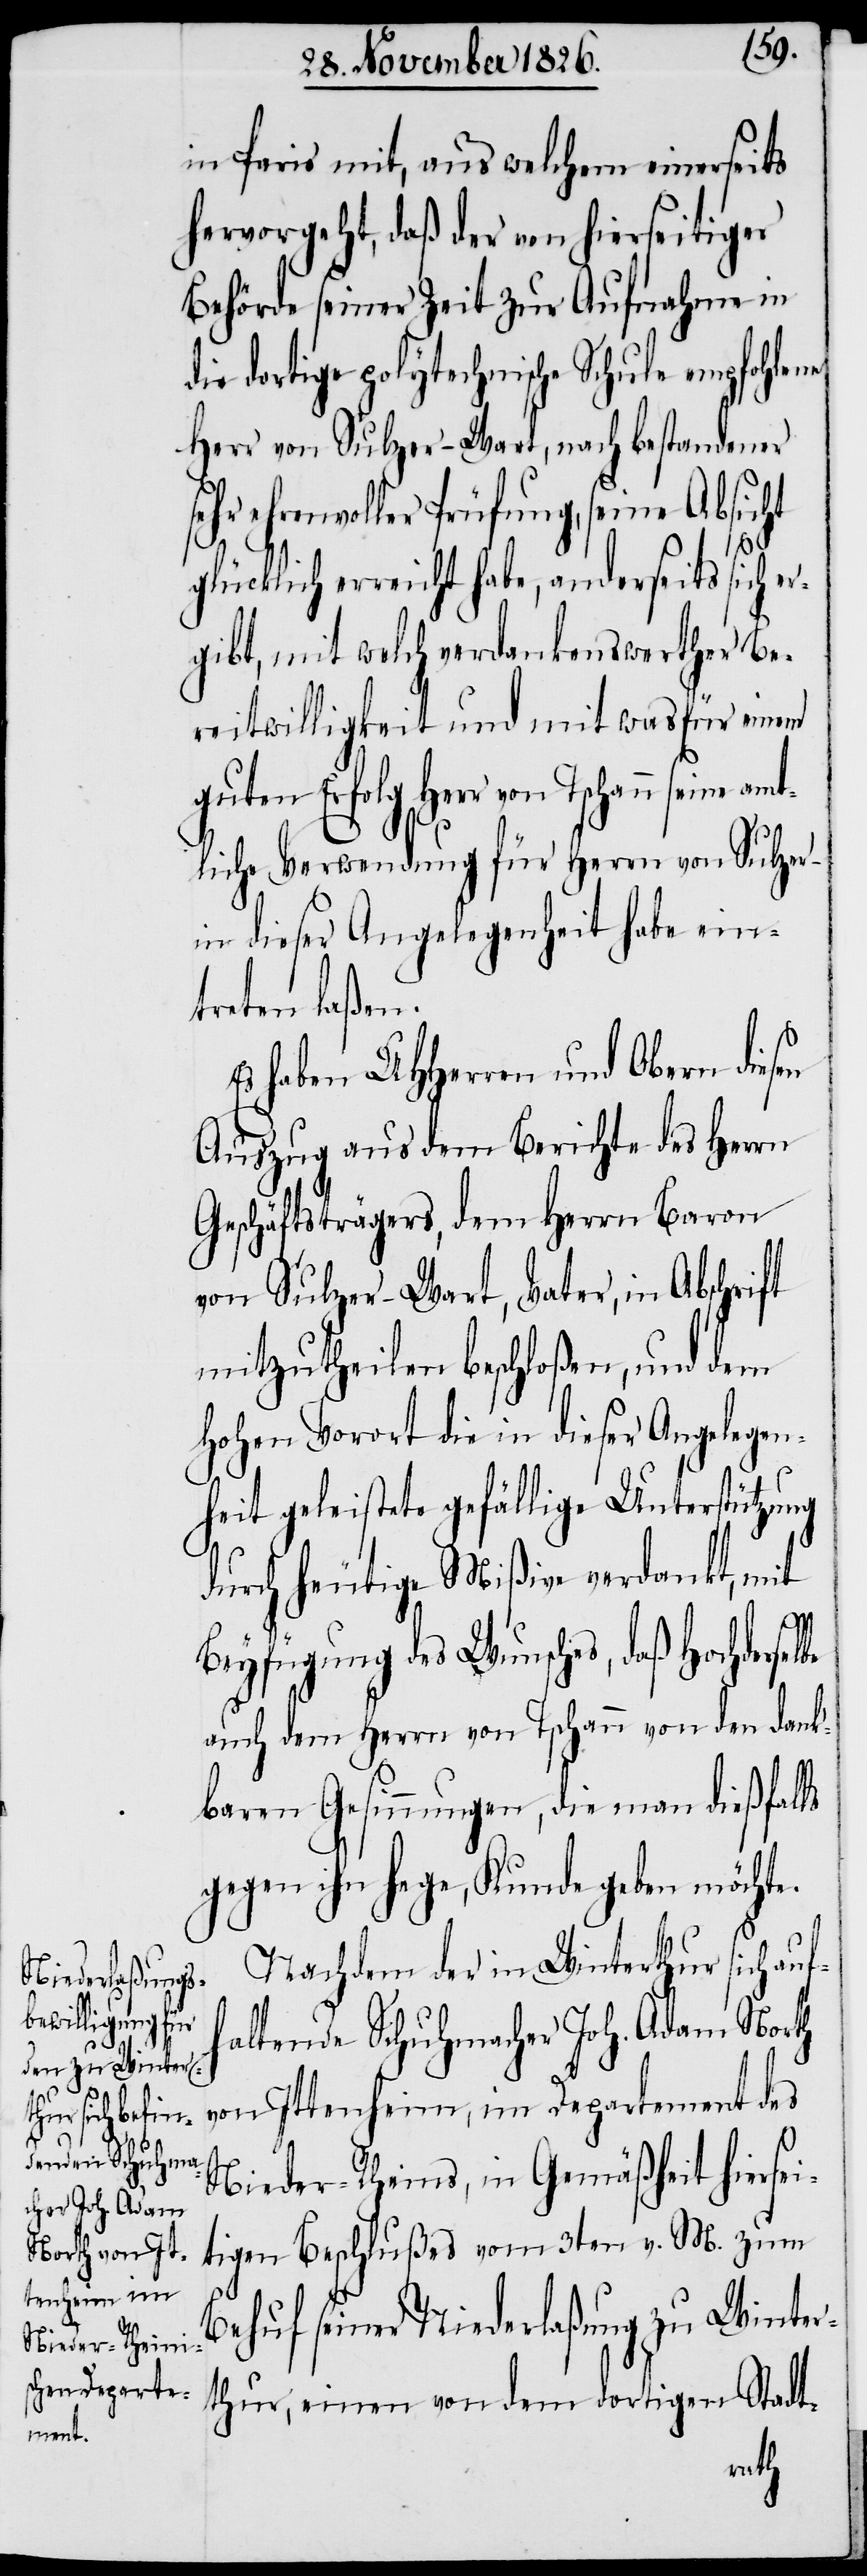
be
amt¬

in Paris mit, aus welchem einerseits
hervorgeht, daß der von hierseitiger
Behörde seiner Zeit zur Aufnahme in
die dortige polytechnische Schule empfohlene
Herr von Sulzer-Wart, nach bestandener
ehrenvoller Prüfung, seine Absicht
glücklich erreicht habe, anderseits sich e¬
rgibt, mit welch verdankenswerther Be¬
reitwilligkeit und mit was für einem
guten Erfolg Herr von Tschann
liche Verwendung für Herrn von Sulze¬
in dieser Angelegenheit habe ein¬
treten laßen.
Es haben UHHerren und Obern diesen
Auszug aus dem Berichte des Herrn
Geschäftsträgers, dem Herrn Baron
von Sulzer-Wart, Vater, in Abschrift
mitzutheilen beschloßen, und dem
hohen Vorort die in dieser Angelegen¬
heit geleistete gefällige Unterstützung
durch heutige Mißive verdankt, mit
Beyfügung des Wunsches, daß Hochdersel¬
auch dem Herrn von Tschann von den dank¬
baren Gesinnungen, die man dießfalls
gegen ihn hege, Kunde geben möchte.
Nachdem der in Winterthur sich auf¬
haltende Schuhmacher Joh. Adam North
von Ittenheim, im Departement des
Nieder-Rheins, in Gemäßheit hiersei¬
tigen Beschlußes vom 3ten v. M. zum
Behuf seiner Niederlaßung zu Winter¬
thur, einen von dem dortigen Stadt-